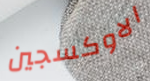
الاوكسجين